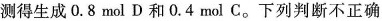
测得生成0.8 \mathrm{~mol} \mathrm{D}和0.4 \mathrm{~mol} \mathrm{C}。下列判断不正确